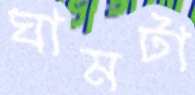
ঘামটা